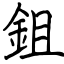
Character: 鉏